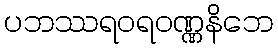
ပဘဿရဝရဝဏ္ဏနိဘေ